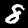
Digit: 8